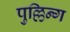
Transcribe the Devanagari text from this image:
पुल्लिन्ग